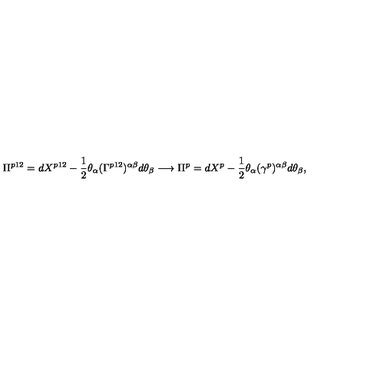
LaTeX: \Pi ^ { p 1 2 } = d X ^ { p 1 2 } - \frac { 1 } { 2 } \theta _ { \alpha } ( \Gamma ^ { p 1 2 } ) ^ { \alpha \beta } d \theta _ { \beta } \longrightarrow \Pi ^ { p } = d X ^ { p } - \frac { 1 } { 2 } \theta _ { \alpha } ( \gamma ^ { p } ) ^ { \alpha \beta } d \theta _ { \beta } ,